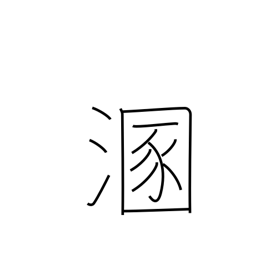
Meaning: get muddy